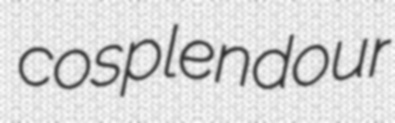
cosplendour